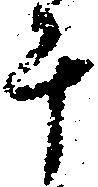
斗